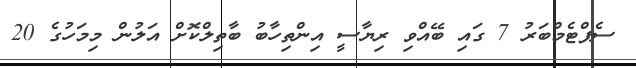
ސެޕްޓެމްބަރު 7 ގައި ބޭއްވި ރިޔާސީ އިންތިހާބު ބާތިލްކޮށް އަލުން މިމަހުގެ 20